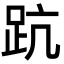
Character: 䟘